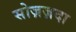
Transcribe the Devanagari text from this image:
सोज़ज़दा